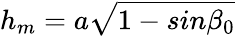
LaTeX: h_{m}=a\sqrt{1-sin\beta_{0}}